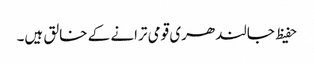
حفیظ جالندھری قومی ترانے کے خالق ہیں۔